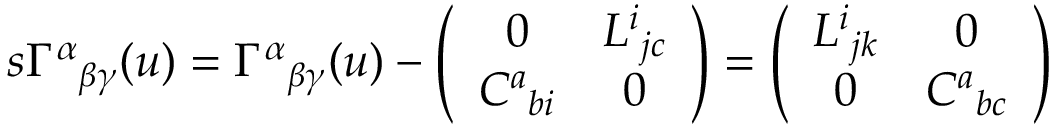
s \Gamma ^ { \alpha } { } _ { \beta \gamma } ( u ) = \Gamma ^ { \alpha } { } _ { \beta \gamma } ( u ) - \left( \begin{array} { c c } { { 0 } } & { { L ^ { i } { } _ { j c } } } \\ { { C ^ { a } { } _ { b i } } } & { { 0 } } \end{array} \right) = \left( \begin{array} { c c } { { L ^ { i } { } _ { j k } } } & { { 0 } } \\ { { 0 } } & { { C ^ { a } { } _ { b c } } } \end{array} \right)